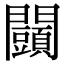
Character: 𨷩